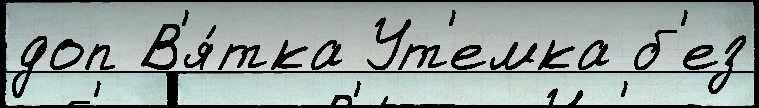
доп В'я́тка Ут'емка б'ез